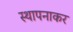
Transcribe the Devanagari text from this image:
स्थापनाकर